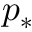
p _ { * }